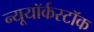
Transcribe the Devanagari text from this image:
न्यूयॉर्कस्टॉक